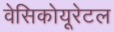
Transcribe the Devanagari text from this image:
वेसिकोयूरेटल